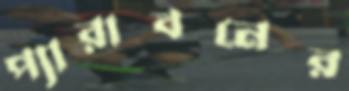
প্যারাবনের